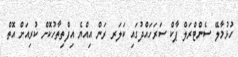
ހުޅުމާލޭ ސެންޓްރަލް ޕާކް ސަރަހައްދުގައި ކަލަރ ރަން އިއްޔެ އިފްތިތާހުކޮށް ކުރިއަށް އޮތް